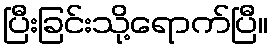
ပြီးခြင်းသို့ရောက်ပြီ။